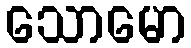
သောမော